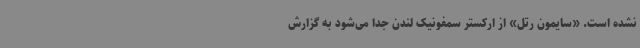
نشده است. «سایمون رتل» از ارکستر سمفونیک لندن جدا می‌شود به گزارش